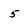
Character: 5